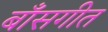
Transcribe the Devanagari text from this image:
बाँसगीत